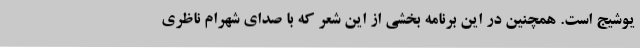
یوشیج است. همچنین در این برنامه بخشی از این شعر که با صدای شهرام ناظری